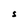
Character: S